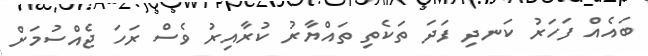
ބައެއް ފަހަރު ކަނދި ފަދަ ތަކެތި ތައްޔާރު ކުރާއިރު ވެސް ރަހަ ޖެއްސުމަށް